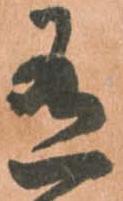
有